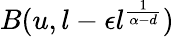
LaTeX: B(u,l-\epsilon l^{\frac{1}{\alpha-d}})